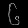
Digit: ၆